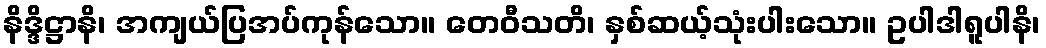
နိဒ္ဒိဋ္ဌာနိ၊ အကျယ်ပြအပ်ကုန်သော။ တေဝီသတိ၊ နှစ်ဆယ့်သုံးပါးသော။ ဥပါဒါရူပါနိ၊